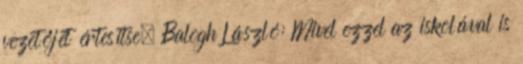
vezetőjét értesítse. Balogh László: Mivel ezzel az iskolával is